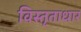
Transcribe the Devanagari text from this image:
विस्तृताधार